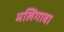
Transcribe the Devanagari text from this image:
मलिगावा